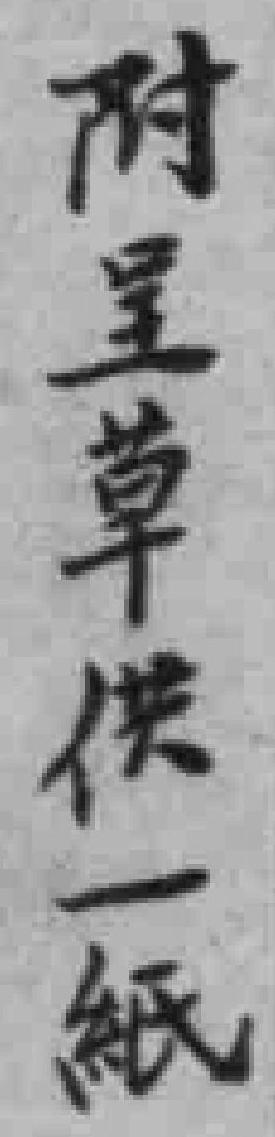
附呈草供一紙